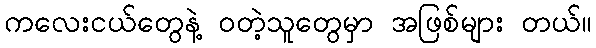
ကလေးငယ်တွေနဲ့ ဝတဲ့သူတွေမှာ အဖြစ်များ တယ်။